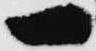
一